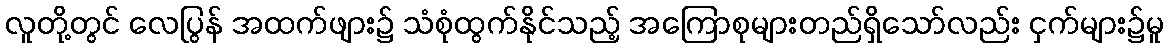
လူတို့တွင် လေပြွန် အထက်ဖျား၌ သံစုံထွက်နိုင်သည့် အကြောစုများတည်ရှိသော်လည်း ငှက်များ၌မူ